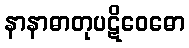
နာနာဓာတုပဋိဝေဓော